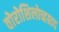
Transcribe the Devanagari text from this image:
वोरोशिलोव्हग्राद